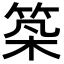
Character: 𥭰